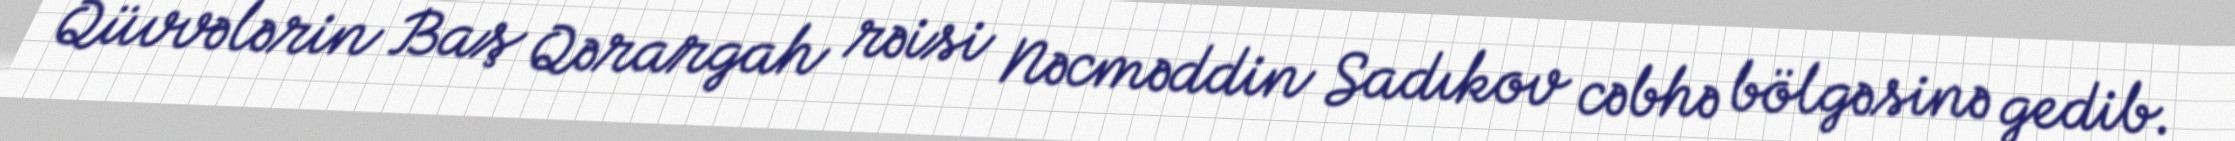
Qüvvələrin Baş Qərargah rəisi Nəcməddin Sadıkov cəbhə bölgəsinə gedib.